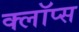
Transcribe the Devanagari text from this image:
क्लॉप्स